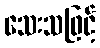
သေးသဖြင့်